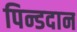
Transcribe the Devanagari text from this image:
पिन्डदान